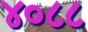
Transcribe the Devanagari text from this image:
४०८८